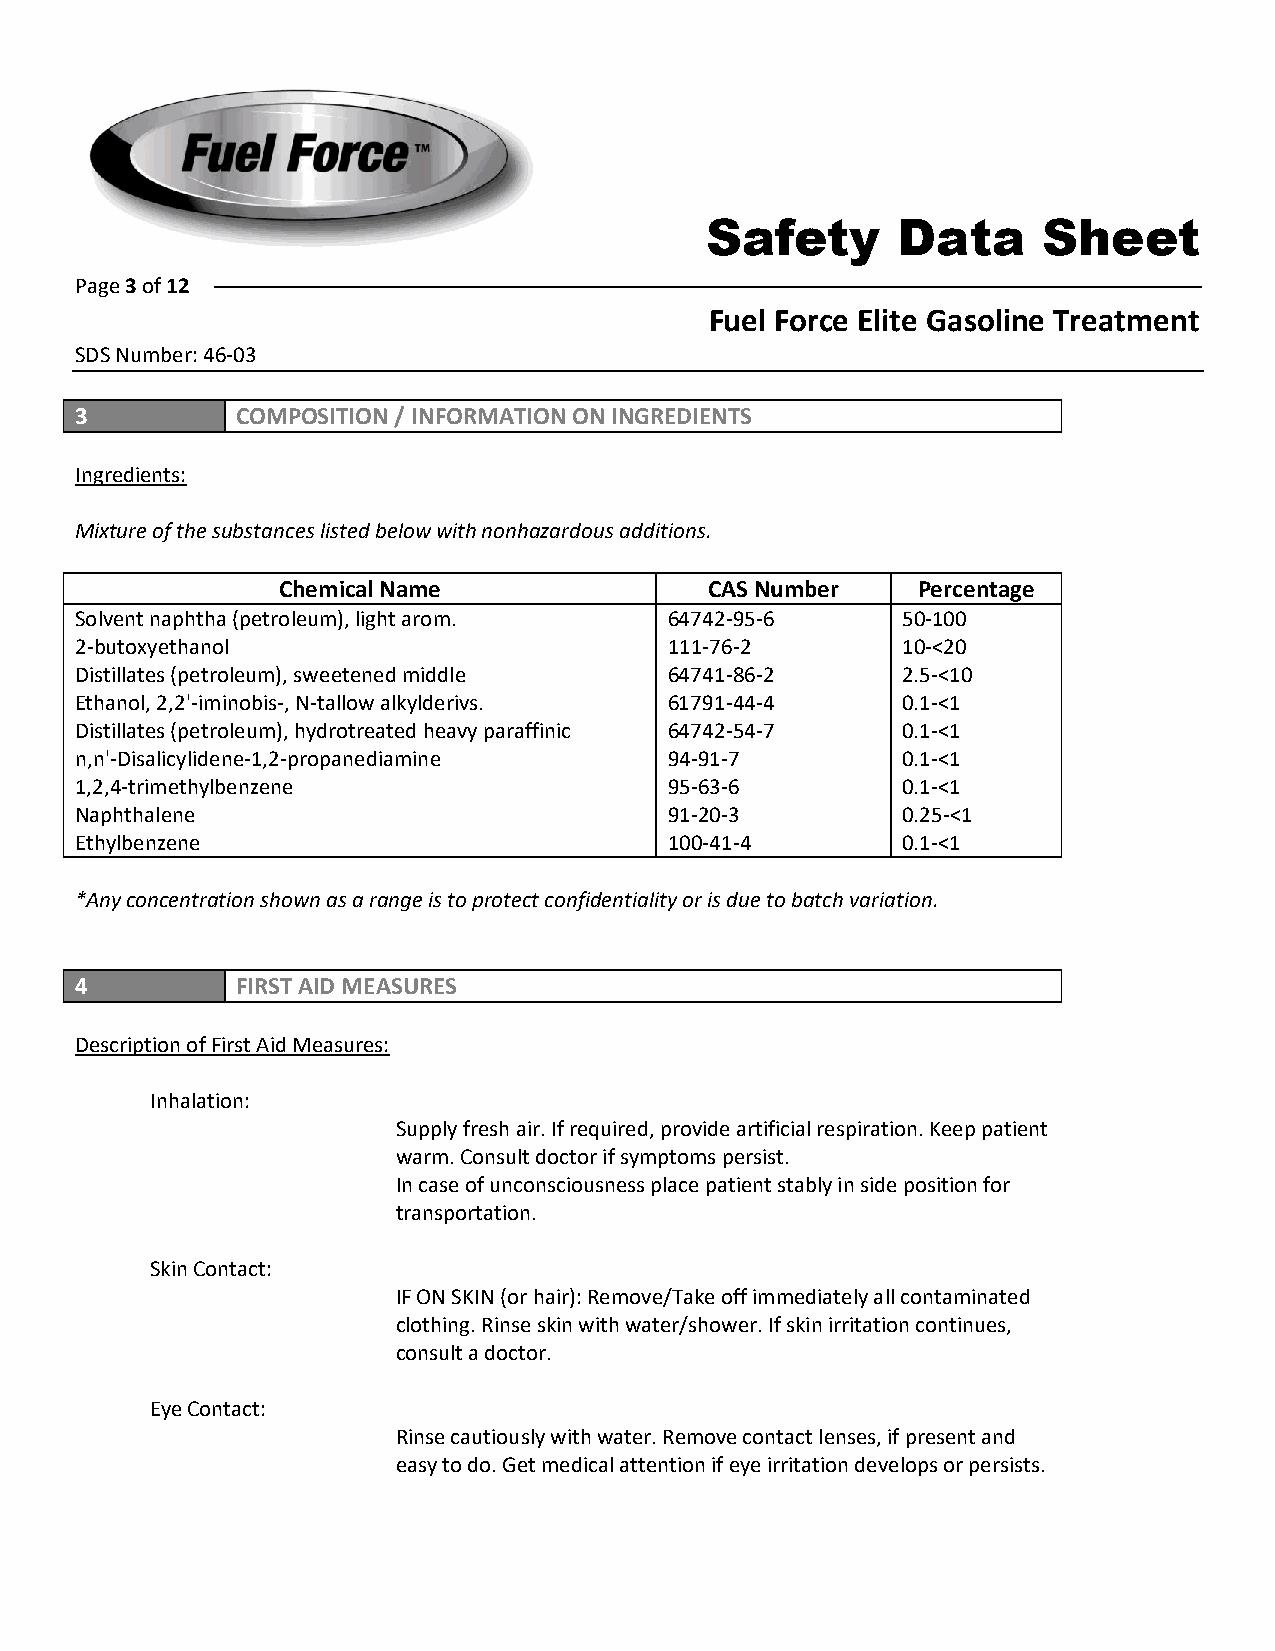
Safety      Data      Sheet
 Page 3 of 12
 Fuel Force Elite Gasoline Treatment
 SDS Number: 46-03
 3          COMPOSITION / INFORMATION ON INGREDIENTS
 Ingredients:
 Mixture of the substances listed below with nonhazardous additions.
 Chemical Name                CAS Number    Percentage
 Solvent naphtha (petroleum), light arom. 64742-95-6    50-100
 2-butoxyethanol                        111-76-2        10-<20
 Distillates (petroleum), sweetened middle 64741-86-2   2.5-<10
 Ethanol, 2,2'-iminobis-, N-tallow alkylderivs. 61791-44-4 0.1-<1
 Distillates (petroleum), hydrotreated heavy paraffinic 64742-54-7 0.1-<1
 n,n'-Disalicylidene-1,2-propanediamine 94-91-7         0.1-<1
 1,2,4-trimethylbenzene                 95-63-6         0.1-<1
 Naphthalene                            91-20-3         0.25-<1
 Ethylbenzene                           100-41-4        0.1-<1
 *Any concentration shown as a range is to protect confidentiality or is due to batch variation.
 4          FIRST AID MEASURES
 Description of First Aid Measures:
 Inhalation:
 Supply fresh air. If required, provide artificial respiration. Keep patient
 warm. Consult doctor if symptoms persist.
 In case of unconsciousness place patient stably in side position for
 transportation.
 Skin Contact:
 IF ON SKIN (or hair): Remove/Take off immediately all contaminated
 clothing. Rinse skin with water/shower. If skin irritation continues,
 consult a doctor.
 Eye Contact:
 Rinse cautiously with water. Remove contact lenses, if present and
 easy to do. Get medical attention if eye irritation develops or persists.